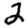
Digit: 2